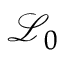
\mathcal { L } _ { 0 }